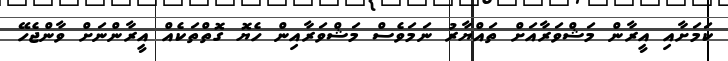
ކަމަށާއި އީރާން މަޝްވަރާއަށް ތައްޔާރު ނަމަވެސް މަޝްވަރާއިން ހެޔޮ ގޮތްތަކެއް އީރާންނަށް ވާންޖެހޭ